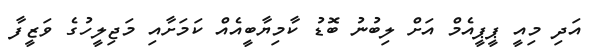
އަދި މިއީ ޕީޕީއެމް އަށް ލިބުނު ބޮޑު ކާމިޔާބީއެއް ކަމަށާއި މަޖިލީހުގެ ވަޒީފާ